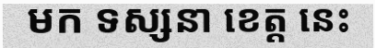
មក ទស្សនា ខេត្ត នេះ